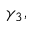
\gamma _ { 3 } ,